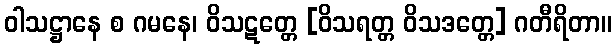
ဝါသဋ္ဌာနေ စ ဂမနေ၊ ဝိသဋတ္တေ [ဝိသရတ္တ ဝိသဒတ္တေ] ဂတီရိတာ။